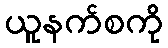
ယူနက်စကို